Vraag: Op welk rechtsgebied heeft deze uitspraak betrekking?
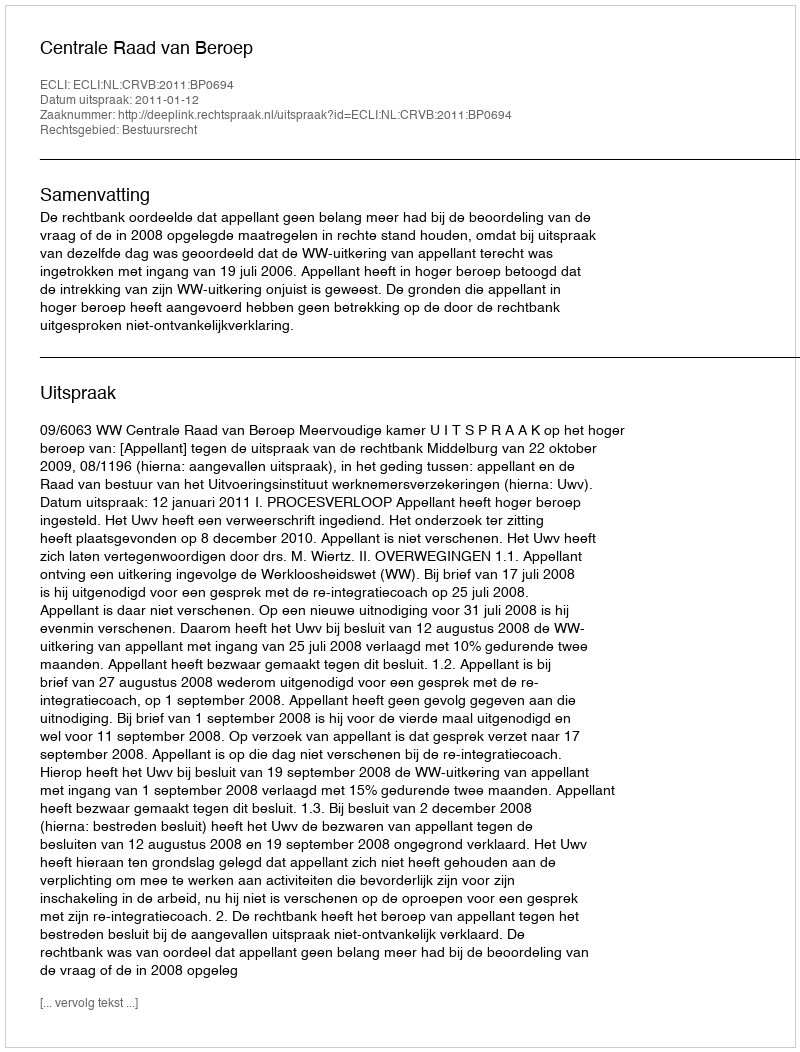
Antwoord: Bestuursrecht